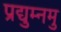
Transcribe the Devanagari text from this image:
प्रद्युम्नमु